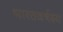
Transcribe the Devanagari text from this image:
भारतवर्षस्य